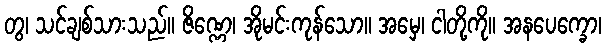
တွ၊ သင်ချစ်သားသည်။ ဇိဏ္ဏေ၊ အိုမင်းကုန်သော။ အမှေ၊ ငါတို့ကို။ အနပေက္ခော၊